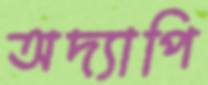
অদ্যাপি